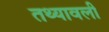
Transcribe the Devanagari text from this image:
तथ्यावली